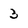
Character: 3